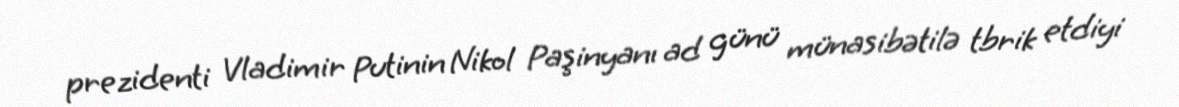
prezidenti Vladimir Putinin Nikol Paşinyanı ad günü münasibətilə tbrik etdiyi